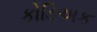
કોડિએક